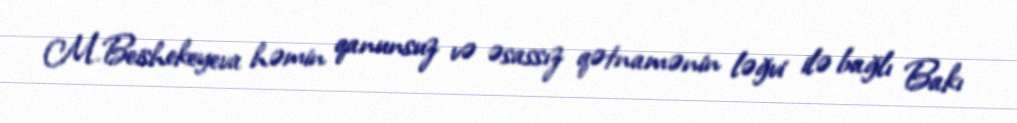
M.Beishekeyeva həmin qanunsuz və əsassız qətnamənin ləğvi ilə bağlı Bakı